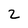
Character: 2